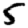
Digit: 5